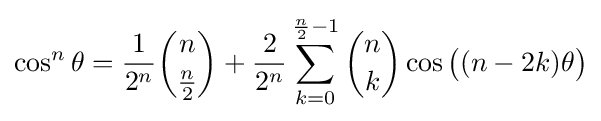
\cos ^{n}\theta ={\frac {1}{2^{n}}}{\binom {n}{\frac {n}{2}}}+{\frac {2}{2^{n}}}\sum _{k=0}^{{\frac {n}{2}}-1}{\binom {n}{k}}\cos {{\big (}(n-2k)\theta {\big )}}